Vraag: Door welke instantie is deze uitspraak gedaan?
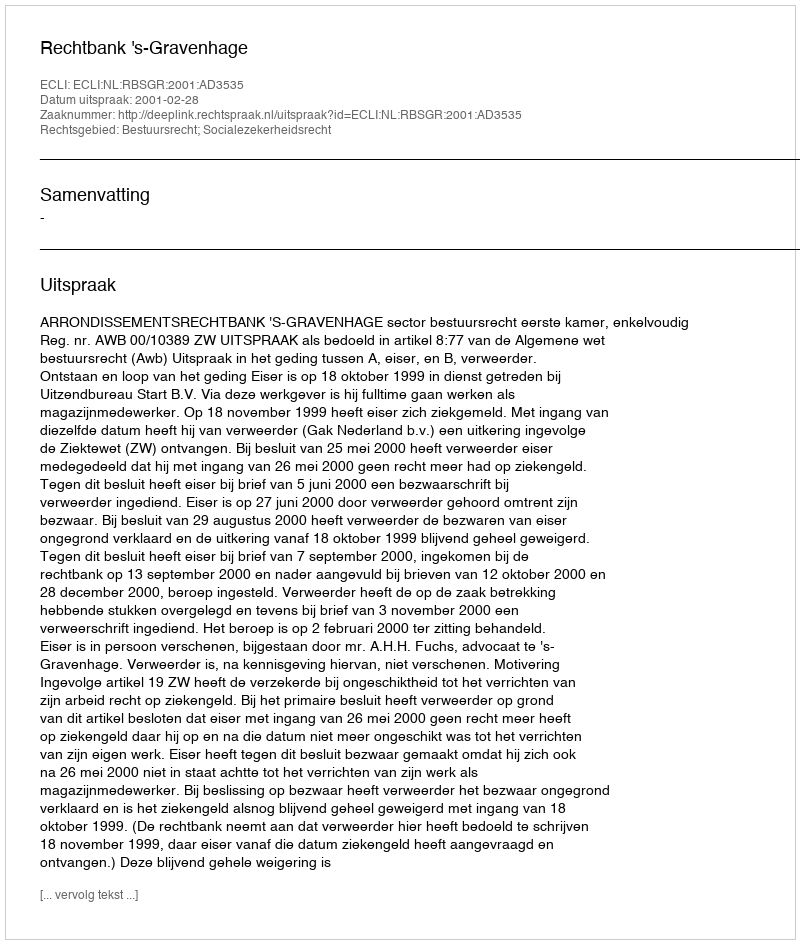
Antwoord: Rechtbank 's-Gravenhage